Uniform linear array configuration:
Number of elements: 24
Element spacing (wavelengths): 0.5
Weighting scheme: kaiser
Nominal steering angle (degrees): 15
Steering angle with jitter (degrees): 14.245
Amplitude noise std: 0.05
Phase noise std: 0.05

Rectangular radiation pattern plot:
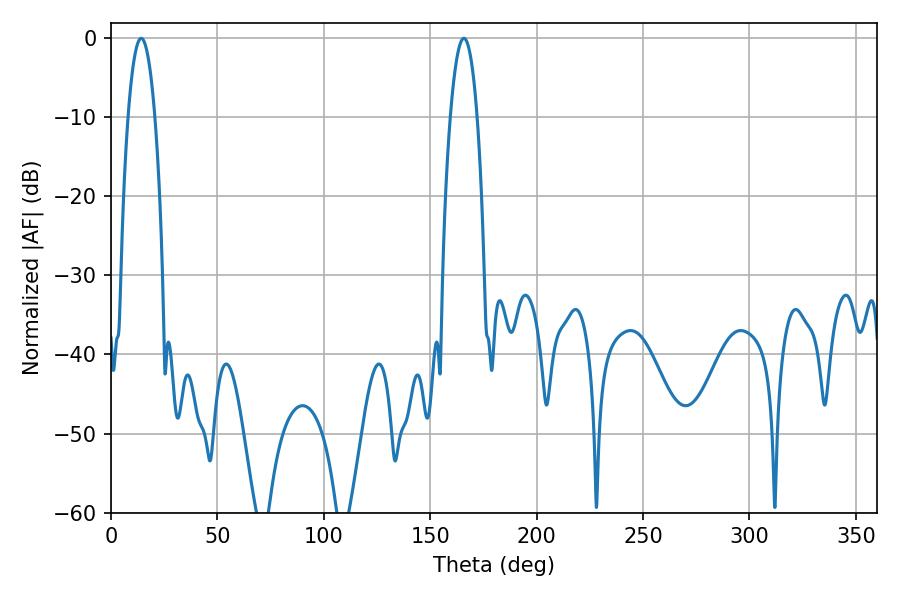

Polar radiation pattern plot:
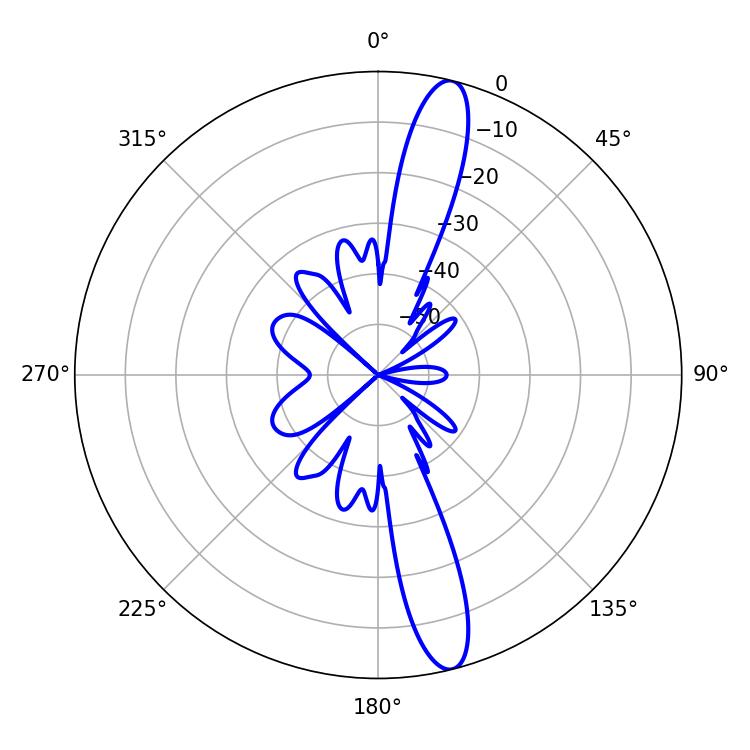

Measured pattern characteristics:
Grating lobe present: FALSE
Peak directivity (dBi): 14.941
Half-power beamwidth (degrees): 6.84
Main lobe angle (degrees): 14.22